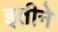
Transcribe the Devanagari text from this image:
इतीने